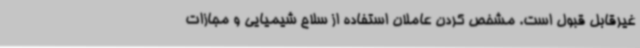
غیرقابل قبول است. مشخص کردن عاملان استفاده از سلاح شیمیایی و مجازات